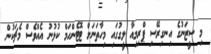
މި ސީޒަނުގެ އިނގިރޭސި ޕްރިމިއާ ލީގުގައި މިހާތަނަށް ޓޮޓެންހަމް ކުޅުނު އެއްވެސް މެޗަކުން